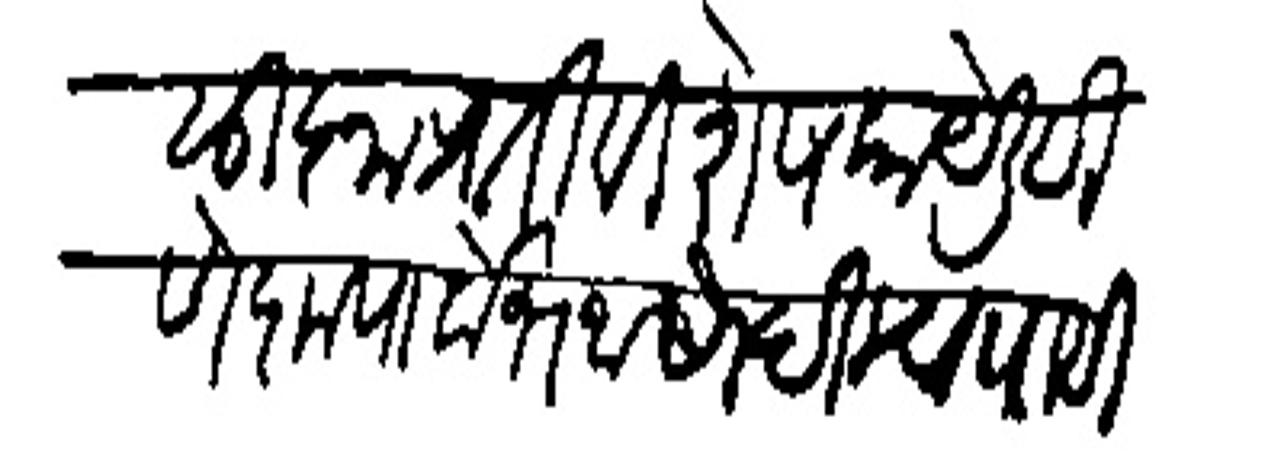
Transliteration (Devanagari): सूनाप्रती विशेष काये लिहिणे कृपा लोभ आसो दिल्हा पाहिजे